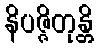
နိပဇ္ဇိတုန္တိ